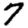
Digit: 7